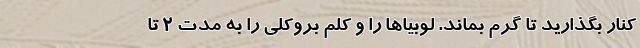
کنار بگذارید تا گرم بماند. لوبیا‌ها را و کلم بروکلی را به مدت ۲ تا